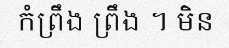
កំព្រឹង ព្រឹង ។ មិន